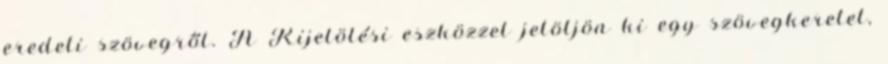
eredeti szövegről. A Kijelölési eszközzel jelöljön ki egy szövegkeretet,